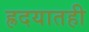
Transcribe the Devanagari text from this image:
ह्रदयातही